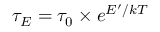
\tau _ { E } = \tau _ { 0 } \times e ^ { E ^ { \prime } / k T }